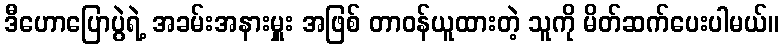
ဒီဟောပြောပွဲရဲ့ အခမ်းအနားမှူး အဖြစ် တာဝန်ယူထားတဲ့ သူကို မိတ်ဆက်ပေးပါမယ်။